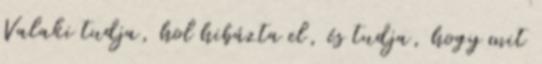
Valaki tudja, hol hibázta el, és tudja, hogy mit